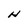
Character: H